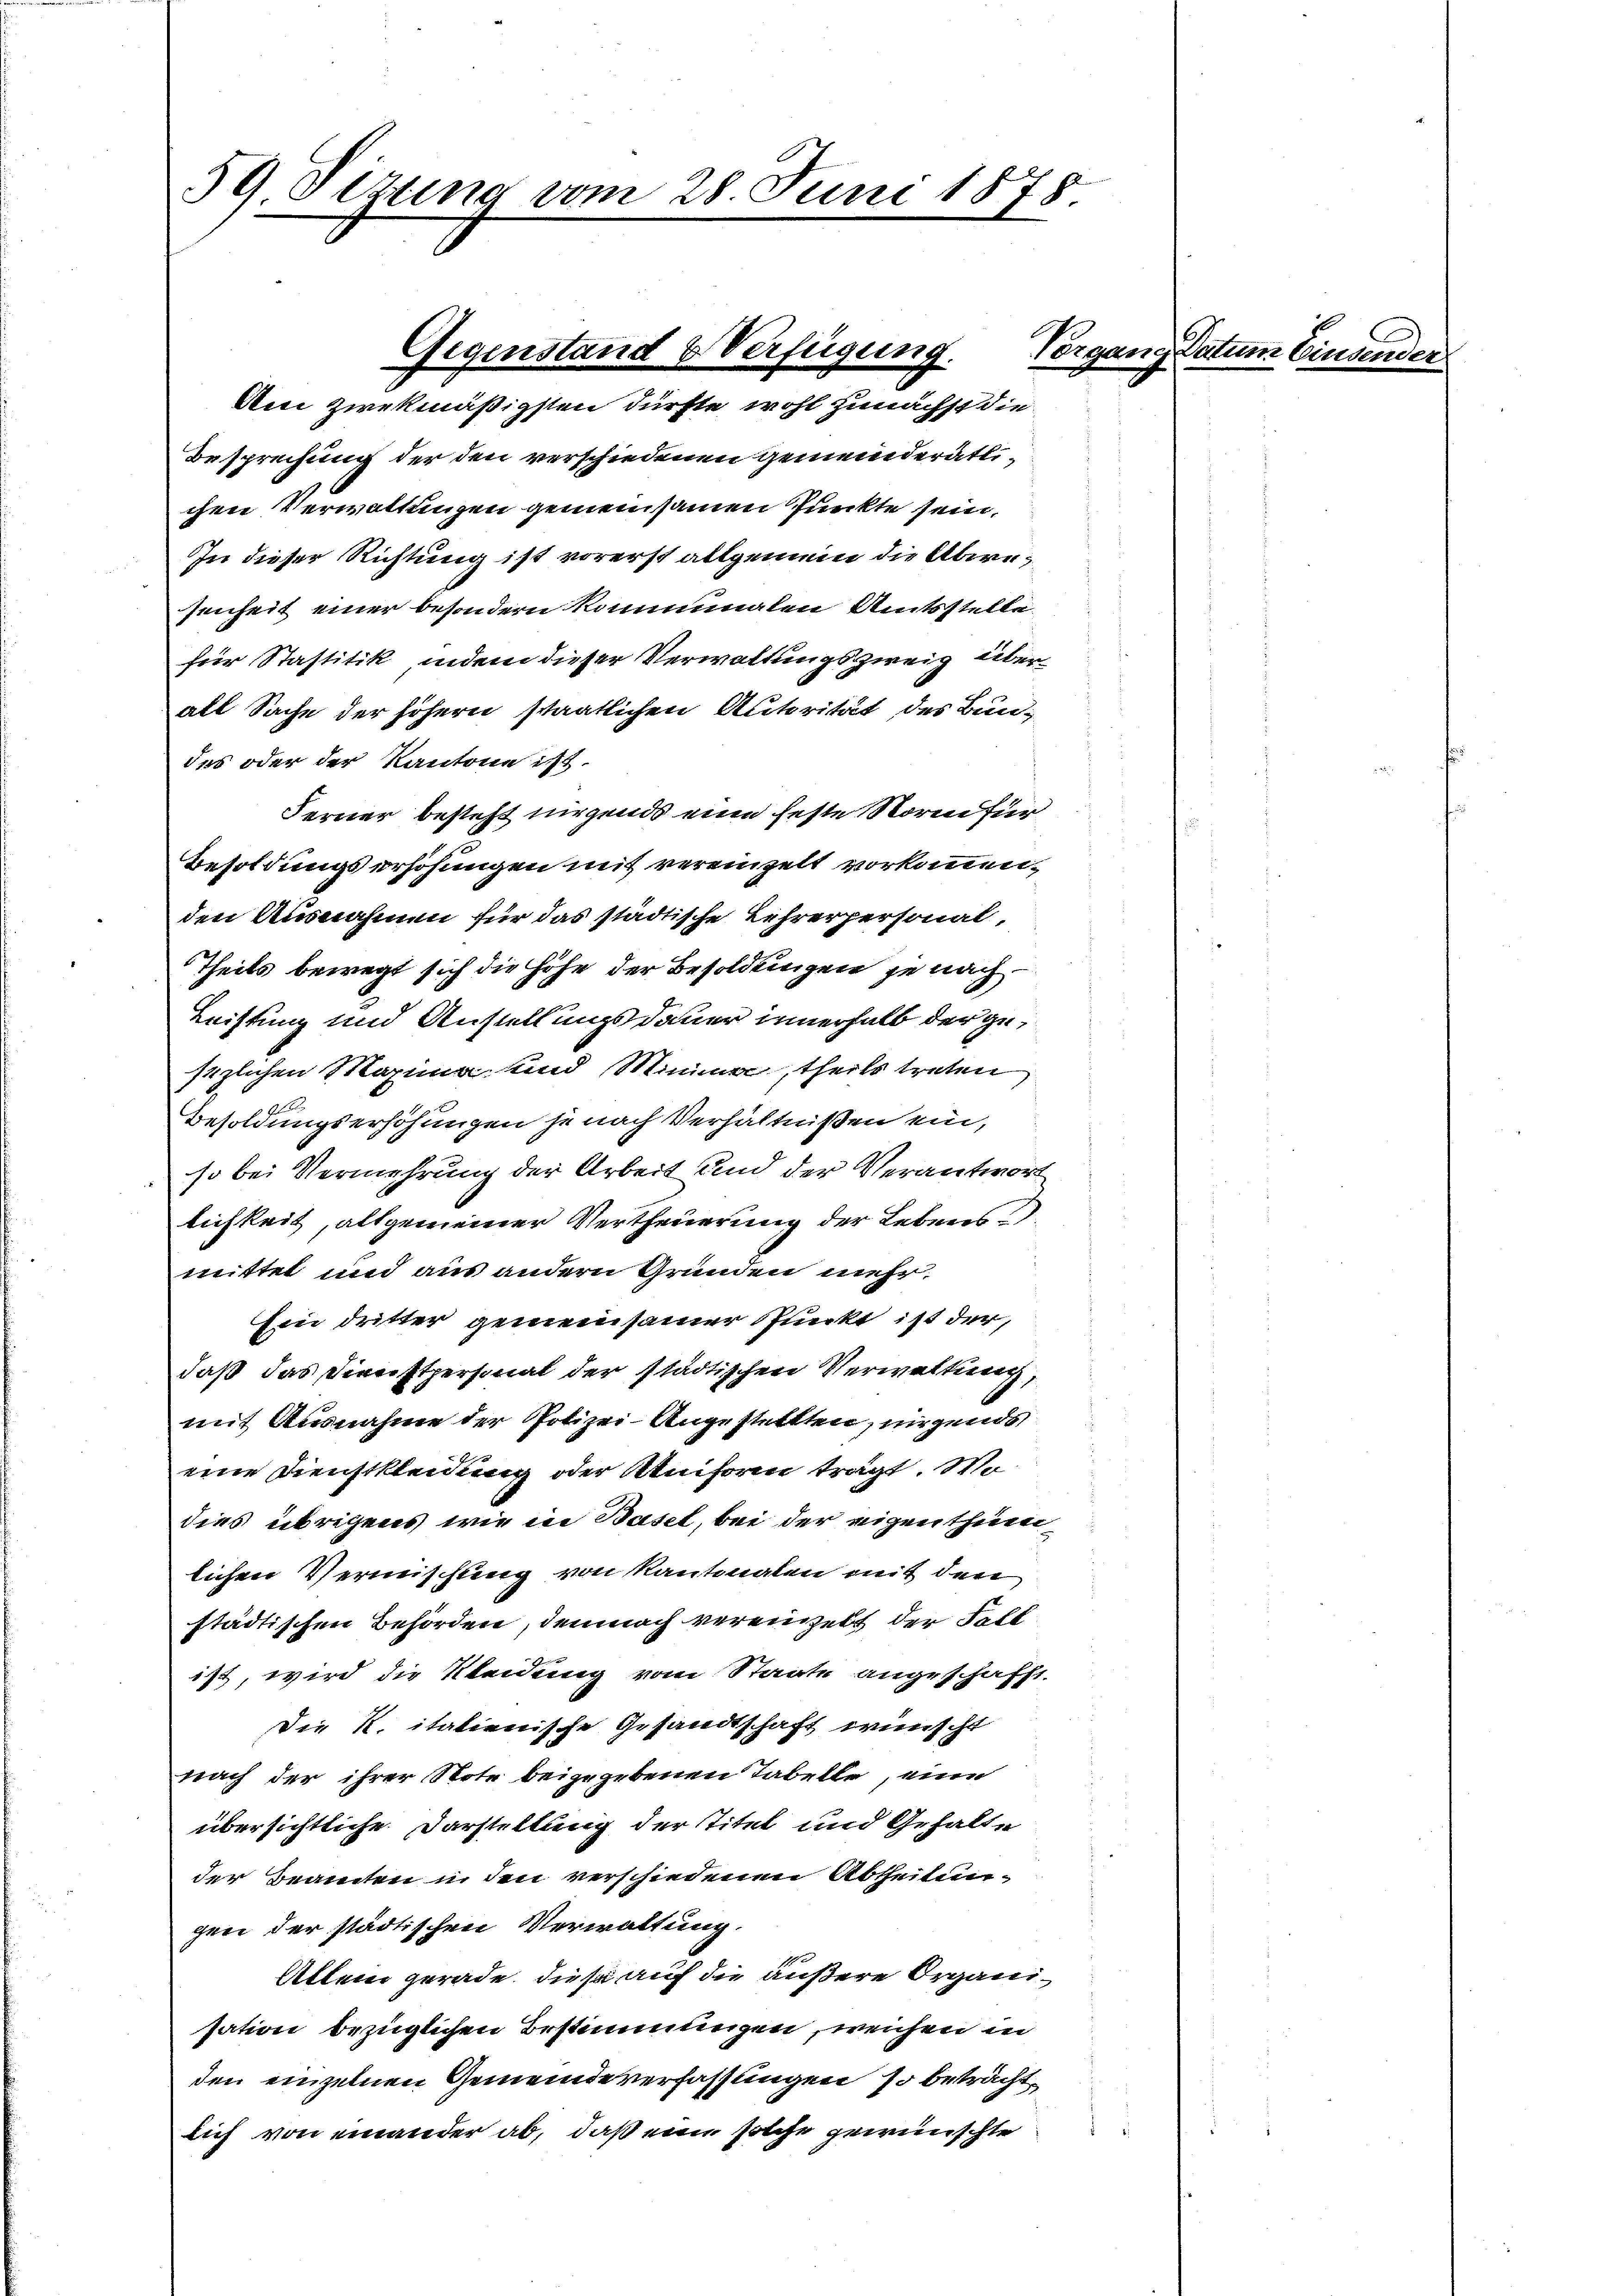
59 Sizung vom 28. Juni 1878.

Besprechung der den verschiedenen gemeinderätlichen Verwaltungen gemeinsamen Punkte sein.
In dieser Richtung ist vorerst allgemein die Abwesenheit einer besondern kommenalen Amtsstelle.
für Stastitik, indem dieser Verwaltungszweig überalt Sache der höhern staatlichen Autorität des Bundes oder der Kantone ist.
Ferner besteht nirgends eine feste Storen für
Besoldungserhöhungen mit vereinzelt vorkommen,
den Ausnahmen für das städtische Lehrerpersonal,
Theils bewegt sich die Höhe der Besoldungen je nach
Leistung und Anstellungs dauer innerhalb der gesezlichen Maxima und Minima, theils treten
Besoldungserhöhungen je nach Verhältnißen ein,
so bei Vermehrung der Arbeit und der Verantwort
lichkeit, allgemeiner Vertheuerung der Lebens d.
mittel und aus andern Gründen mehr.
Ein dritter gemeinsamer Punkt ist der
daß das Dienstpersonal der städtischen Verwaltung,
mit Ausnahme der Polizei- Angestellten, nirgends
eine Dienstkleidung oder Uniform trägt. Wo
dies übrigens wie in Basel, bei der eigenthum
lichen Vermischung von Kantonalen mit den
städtischen Behörden, demnach vereinzeit der Fell
ist, wird die Kleidung vom Staate angeschafft.
Die K. italienische Gesandtschaft wünscht
nach der ihrer Note beigegebenen Tabelle, eine
übersichtliche Darstellung der Titel und Gehalte
der Beamten u. den verschiedenen Abtheilungen der städtischen Verwaltung.
Allem gerade, diese auf die äußere Organisation bezüglichen Bestimmungen, weichen in
den einzelnen Gemeindeverfassungen so beträcht
lich von einander ab, daß eine solche gewünschte

Gegenstand & Verfügung.
Am zwekmäßigsten dürfte wohl zunächst die

Vergange

Datum Einden.